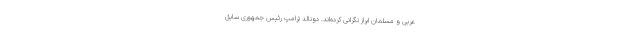
عربی و مسلمان ابراز نگرانی کرده‌اند. دونالد ترامپ رئیس جمهوری سابق